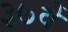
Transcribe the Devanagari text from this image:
३७वें